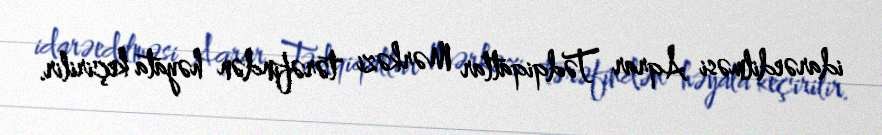
idarəedilməsi Aqrar Tədqiqatlar Mərkəzi tərəfindən həyata keçirilir.